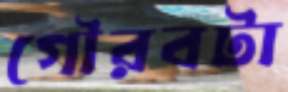
গৌরবটা